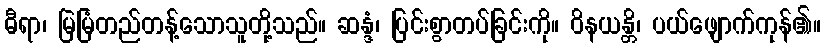
ဓီရာ၊ မြဲမြံတည်တန့်သောသူတို့သည်။ ဆန္ဒံ၊ ပြင်းစွာတပ်ခြင်းကို။ ဝိနယန္တိ၊ ပယ်ဖျောက်ကုန်၏။